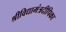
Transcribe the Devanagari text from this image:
श्रीविद्यामंत्रदीपिका